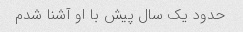
حدود یک سال پیش با او آشنا شدم